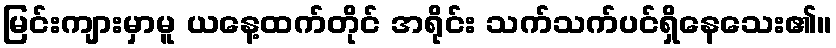
မြင်းကျားမှာမူ ယနေ့ထက်တိုင် အရိုင်း သက်သက်ပင်ရှိနေသေး၏။